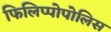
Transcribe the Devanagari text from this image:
फिलिप्पोपोलिस